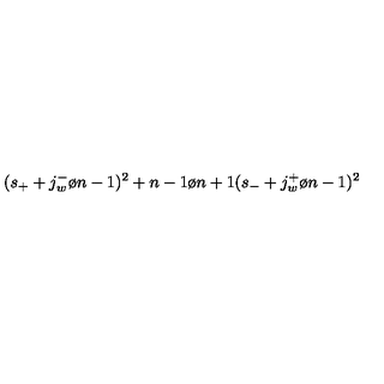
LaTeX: ( s _ { + } + { { j _ { w } ^ { - } } \o { n - 1 } } ) ^ { 2 } + { { n - 1 } \o { n + 1 } } ( s _ { - } + { { j _ { w } ^ { + } } \o { n - 1 } } ) ^ { 2 }